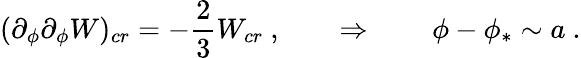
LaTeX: (\partial_{\phi}\partial_{\phi}W)_{cr}=-{\frac{2}{3}}W_{cr}\ ,\qquad\Rightarrow\qquad\phi-\phi_{*}\sim a\ .